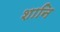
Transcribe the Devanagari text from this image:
शानि